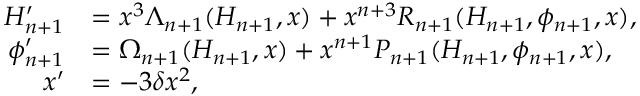
\begin{array} { r l } { { H } _ { n + 1 } ^ { \prime } } & { = x ^ { 3 } \Lambda _ { n + 1 } ( H _ { n + 1 } , x ) + x ^ { n + 3 } R _ { n + 1 } ( H _ { n + 1 } , \phi _ { n + 1 } , x ) , } \\ { \phi _ { n + 1 } ^ { \prime } } & { = \Omega _ { n + 1 } ( H _ { n + 1 } , x ) + x ^ { n + 1 } P _ { n + 1 } ( H _ { n + 1 } , \phi _ { n + 1 } , x ) , } \\ { x ^ { \prime } } & { = - 3 \delta x ^ { 2 } , } \end{array}